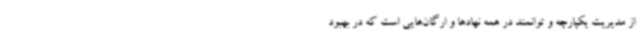
از مدیریت یکپارچه و توانمند در همه نهادها و ارگان‌هایی است که در بهبود